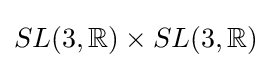
SL(3,\mathbb {R} )\times SL(3,\mathbb {R} )